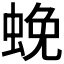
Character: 𮔔